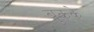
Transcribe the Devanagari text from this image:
बुकके